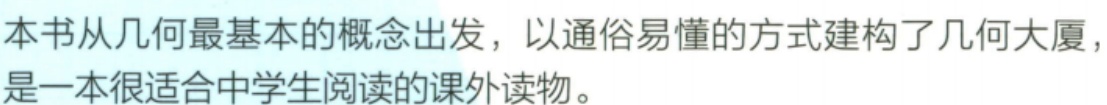
本书从几何最基本的概念出发，以通俗易懂的方式建构了几何大厦，是一本很适合中学生阅读的课外读物。